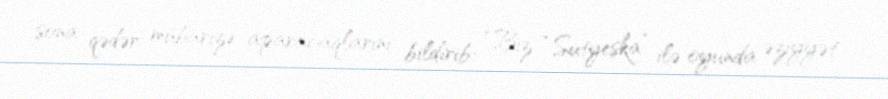
sona qədər mübarizə aparacaqlarını bildirib: “Biz “Sutyeska” ilə oyunda əziyyət